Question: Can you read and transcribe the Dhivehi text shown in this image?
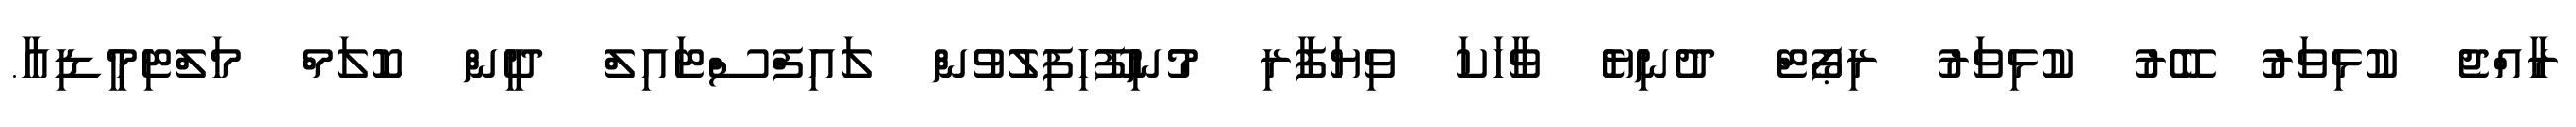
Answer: ރާއްޖެ ކުޅިވަރު ބޭރު ކުޅިވަރު ރިޕޯޓް ދުނިޔެ ވާހަކަ ވިޔަފާރި މުނިފޫހިފިލުވުން ލައިފްސްޓައިލް ދީން ކޮލަމް މަލްޓިމީޑިއާ.